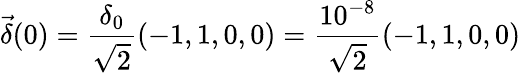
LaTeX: \vec{\delta}(0)=\frac{\delta_{0}}{\sqrt{2}}(-1,1,0,0)=\frac{10^{-8}}{\sqrt{2}}(-1,1,0,0)